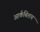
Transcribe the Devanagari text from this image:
आर्कबिशय